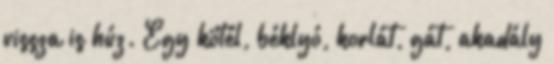
vissza is húz. Egy kötél, béklyó, korlát, gát, akadály